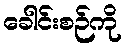
ခေါင်းစဉ်ကို